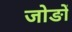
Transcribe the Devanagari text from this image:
जोङों